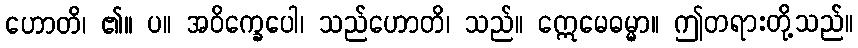
ဟောတိ၊ ၏။ ပ။ အဝိက္ခေပေါ၊ သည်ဟောတိ၊ သည်။ ဣေမေဓမ္မာ။ ဤတရားတို့သည်။